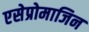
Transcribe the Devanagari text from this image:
एसेप्रोमाजिन